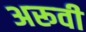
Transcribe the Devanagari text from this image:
अरूवी